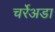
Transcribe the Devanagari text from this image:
चर्रेअडा